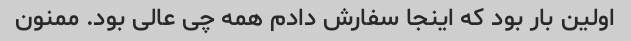
اولین بار بود که اینجا سفارش دادم همه چی عالی بود. ممنون